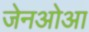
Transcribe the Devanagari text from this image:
जेनओआ